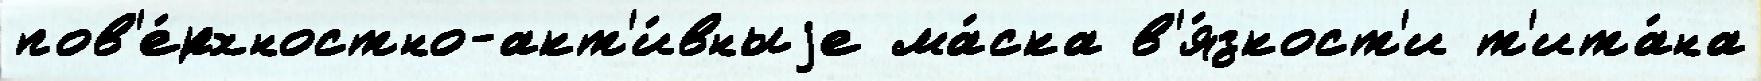
пов'е́рхностно-акт'и́вныjе ма́ска в'я́зкост'и т'ита́на